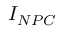
I _ { N P C }